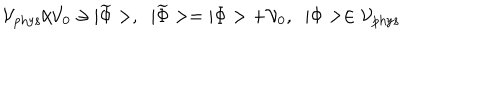
{ \cal V } _ { \mathrm { p h y s } } / { \cal V } _ { 0 } \ni | \widetilde { \Phi } > , \; \; | \widetilde { \Phi } > = | \Phi > + { \cal V } _ { 0 } , \; \; | \Phi > \in { \cal V } _ { \mathrm { p h y s } }